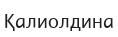
Қалиолдина